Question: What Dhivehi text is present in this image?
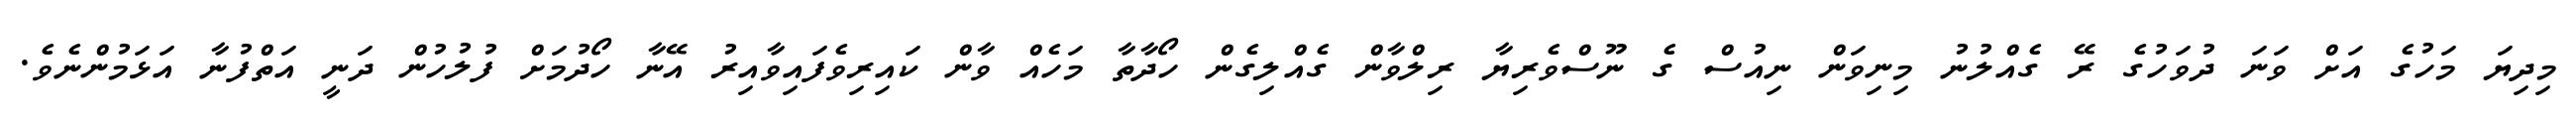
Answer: މިދިޔަ މަހުގެ އަށް ވަނަ ދުވަހުގެ ރޭ ގެއްލުނު މިނިވަން ނިއުސް ގެ ނޫސްވެރިޔާ ރިލްވާން ގެއްލިގެން ހޯދާތާ މަހެއް ވާން ކައިރިވެފައިވާއިރު އޭނާ ހޯދުމަށް ފުލުހުން ދަނީ އަތްފުނާ އަޅަމުންނެވެ.